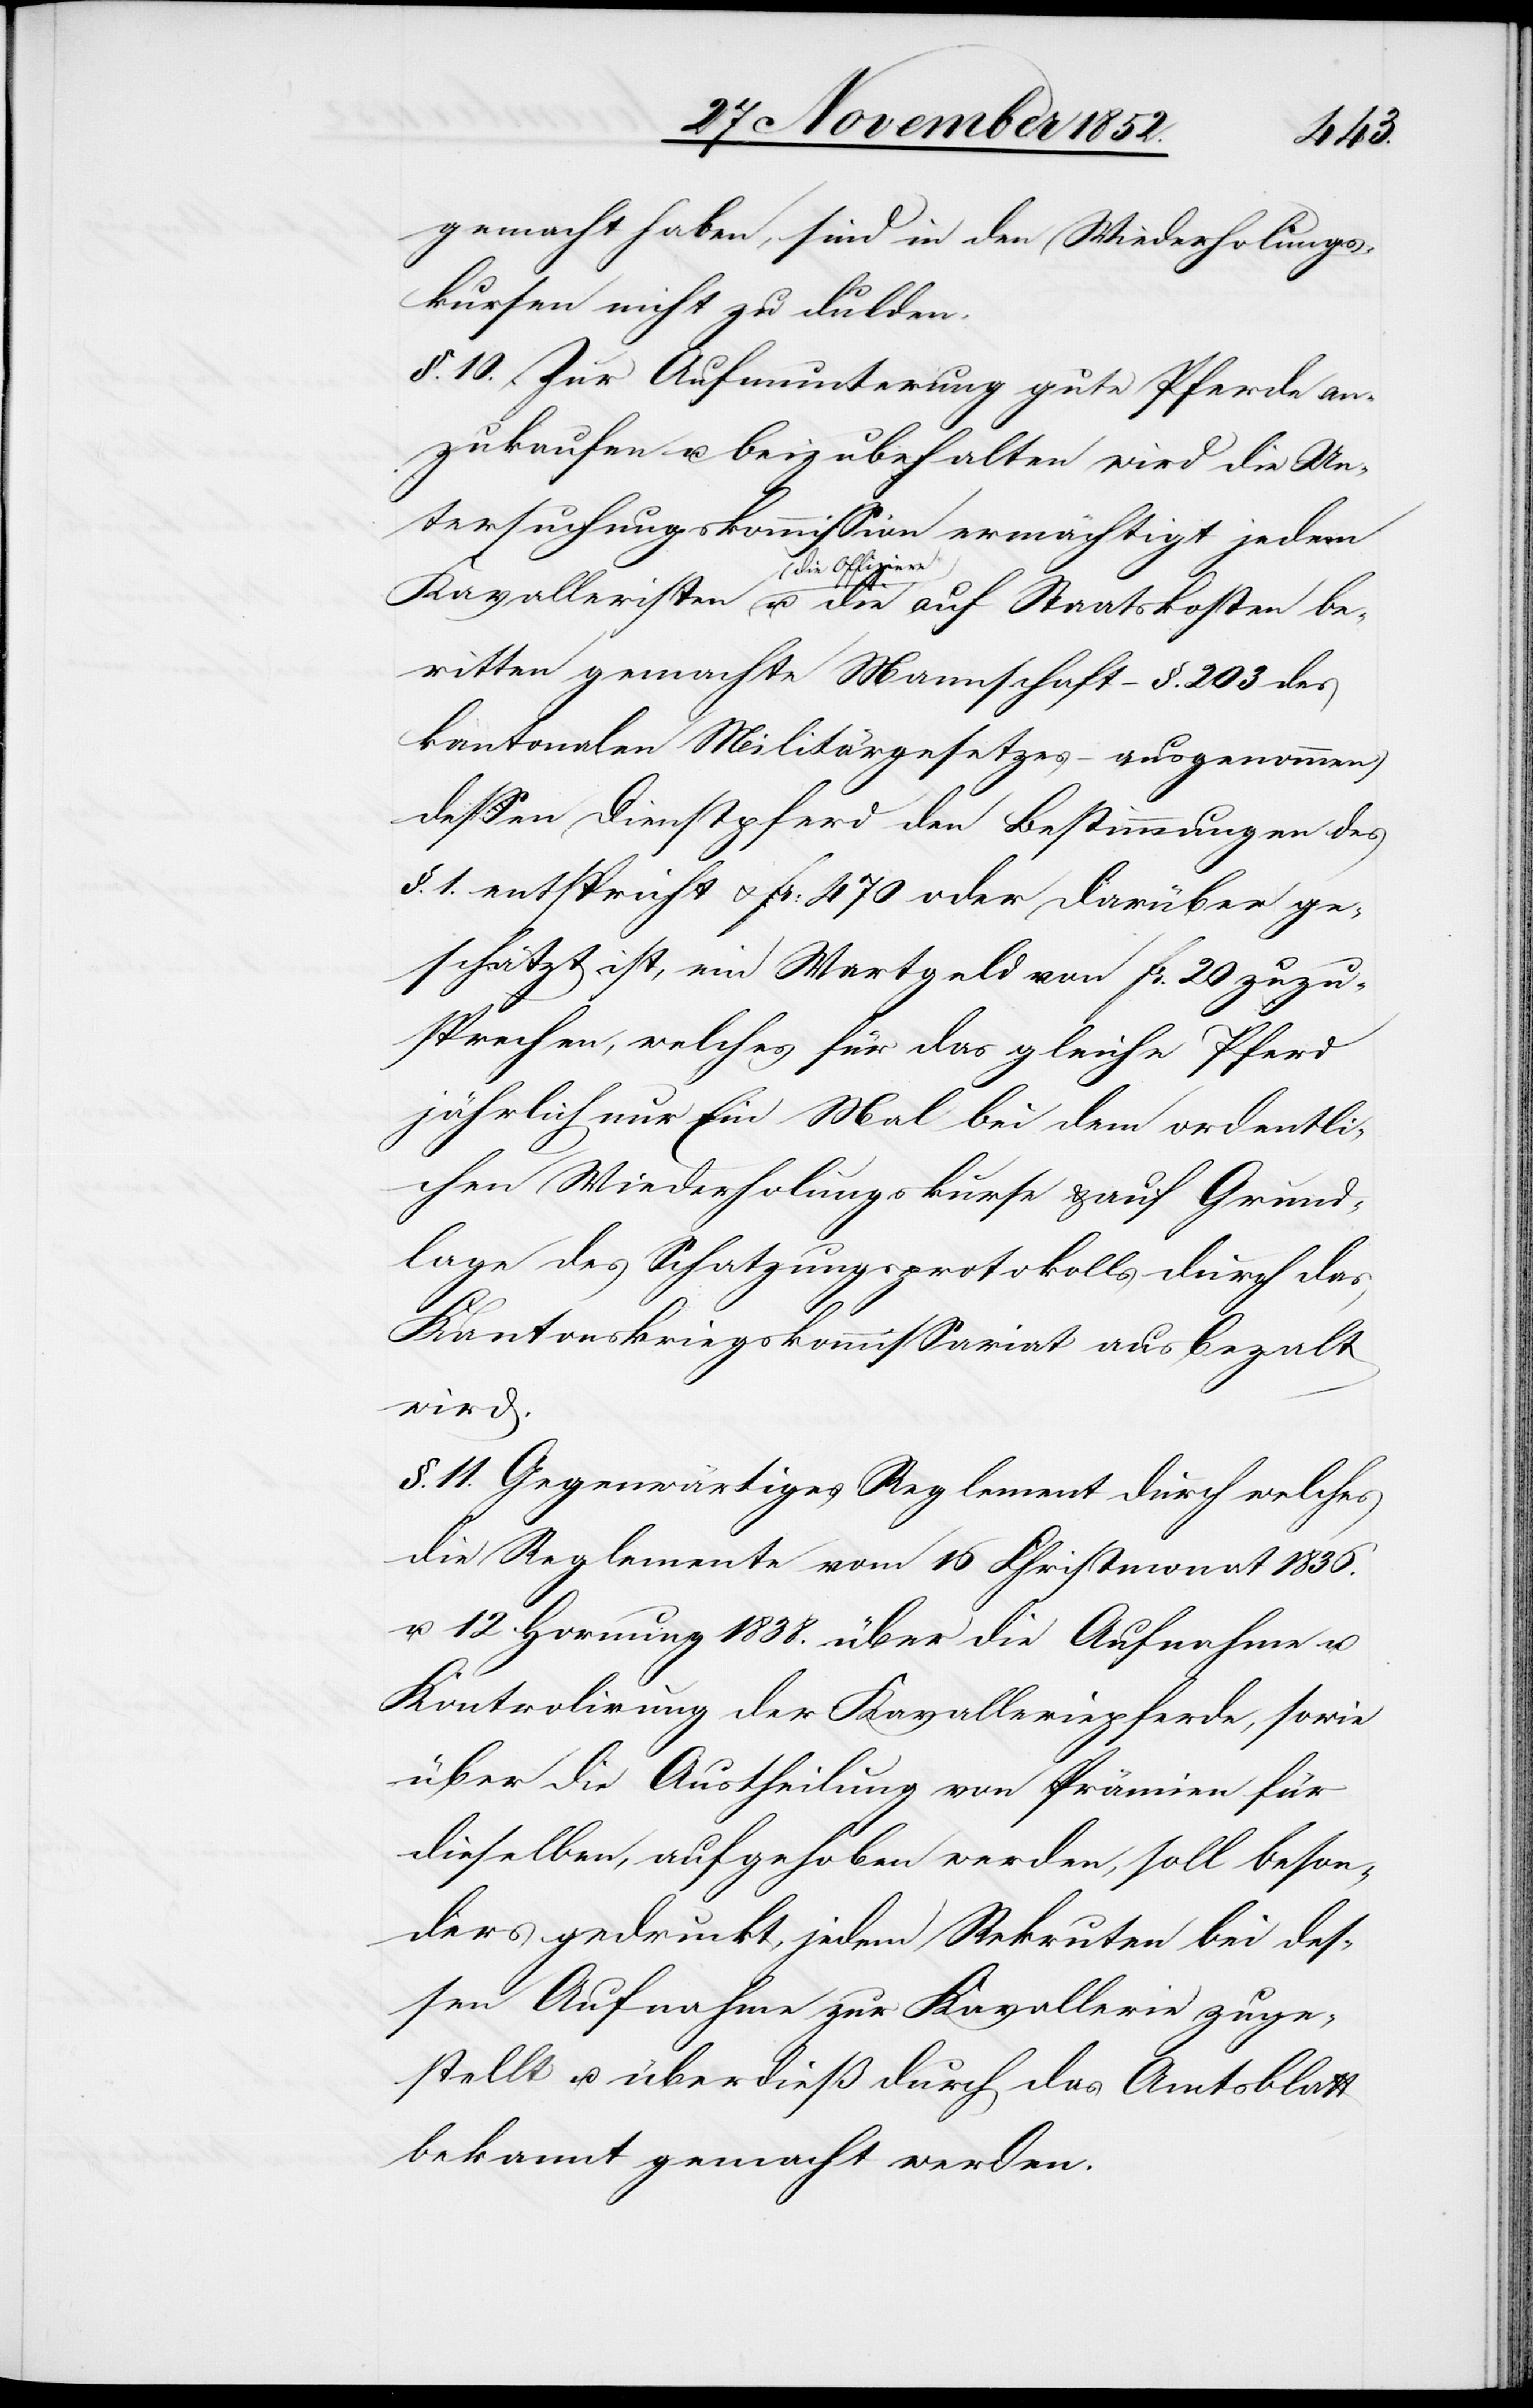
gemacht haben, sind in den Wiederholungs¬
kursen nicht zu dulden.
§. 10. Zur Aufmunterung gute Pferde an¬
zukaufen u. beizubehalten wird die Un¬
tersuchungskommission ermächtigt jedem
(die Offiziere
beritten gemachte Mannschaft – §. 203 des
kantonalen Militärgesetzes – ausgenommen)
dessen Dienstpferd den Bestimmungen des
§. 1. entspricht & Fr: 470 oder darüber ge¬
schätzt ist, ein Wertgeld von Fr. 20 zuzu¬
sprechen, welches für das gleiche Pferd
jährlich nur Ein Mal bei dem ordentli¬
chen Wiederholungskurse & auf Grund¬
lage des Schatzungsprotokolls durch das
Kantonskriegskommissariat ausbezalt
wird.
§. 11. Gegenwärtiges Reglement durch welches
die Reglemente vom 16 Christmonat 1836.
u. 12 Hornung 1838. über die Aufnahme u.
Kontrolirung der Kavalleriepferde, sowie
über die Austheilung von Prämien für
dieselben, aufgehoben werden, soll beson¬
ders gedruckt, jedem Rekruten bei des¬
sen Aufnahme zur Kavallerie zuge¬
stellt u. überdieß durch das Amtsblatt
bekannt gemacht werden.